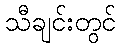
သီချင်းတွင်